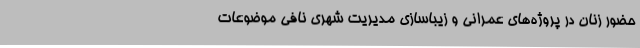
حضور زنان در پروژه‌‌های عمرانی و زیباسازی مدیریت شهری نافی موضوعات